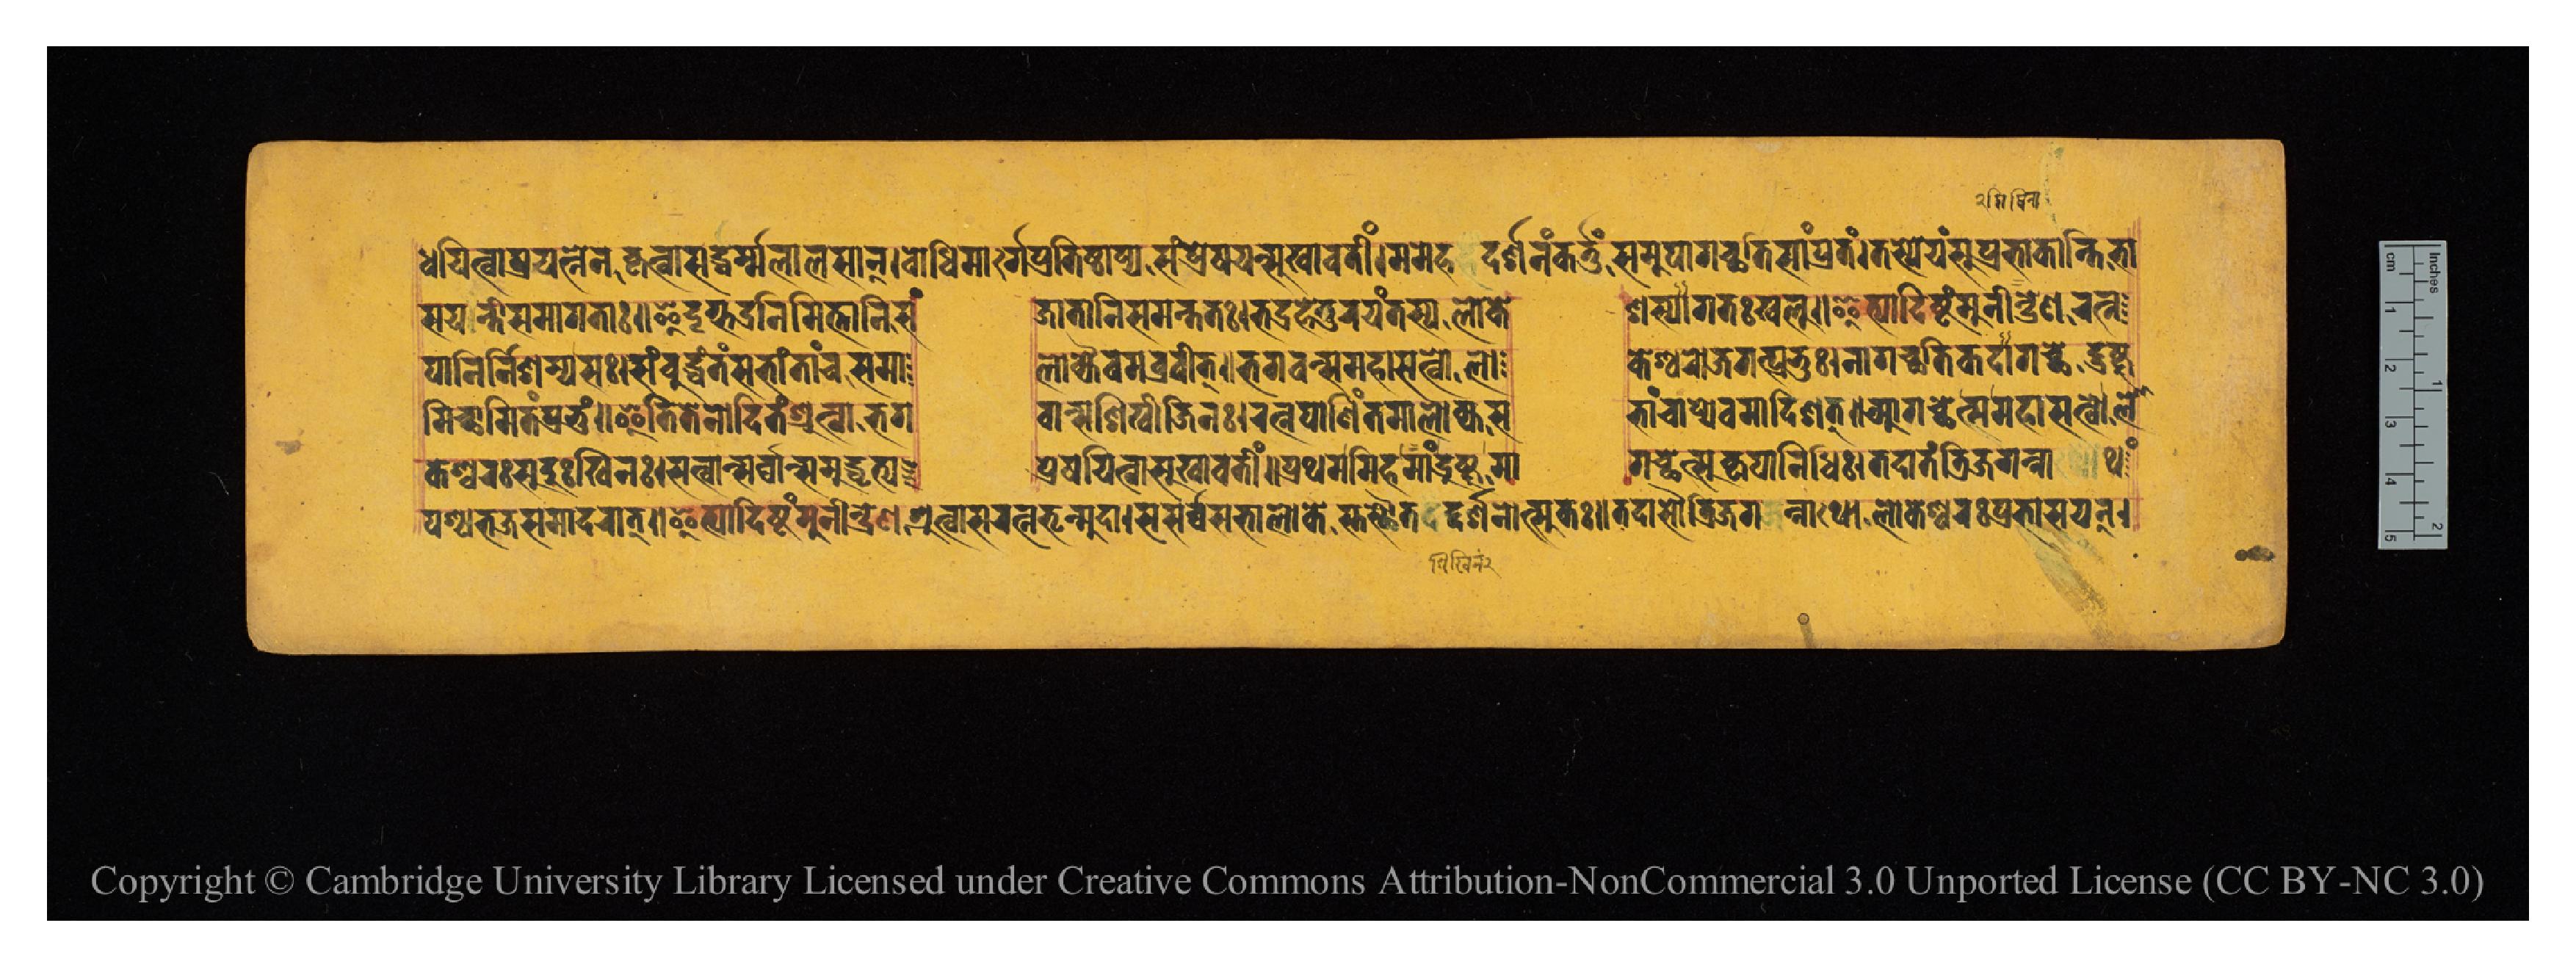
𑐢𑐫𑐶𑐟𑑂𑐰𑐵𑐥𑑂𑐬𑐫𑐟𑑂𑐣𑐾𑐣𑐎𑐺𑐟𑑂𑐰𑐵𑐳𑐡𑑂𑐢𑐬𑑂𑐩𑑂𑐩𑐮𑐵𑐮𑐳𑐵𑐣𑑂𑑋𑐧𑑀𑐢𑐶𑐩𑐬𑑂𑐐𑐾𑐥𑑂𑐬𑐲𑐫𑐣𑑂𑐳𑐸𑐏𑐵𑐰𑐟𑐷𑑄𑑋𑐩𑐩𑐾𑐴𑐡𑐬𑑂𑐱𑐣𑑄𑐎𑐬𑑂𑐟𑐸𑑄𑐳𑐩𑐸𑐥𑐵𑐐𑐔𑑂𑐕𑐥𑐶𑐳𑐵𑑄𑐥𑑂𑐬𑐟𑑄𑑋𑐟𑐳𑑂𑐫𑐾𑐫𑑄𑐳𑐸𑐥𑑂𑐬𑐨𑐵𑐎𑐵𑐣𑑂𑐟𑐶𑐨𑐵 𑐳𑐫𑐣𑑂𑐟𑐷𑐳𑐩𑐵𑐐𑐟𑐵𑑌𑐃𑐡𑐺𑐐𑑂𑐡𑑂𑐬𑐣𑐶𑐩𑐶𑐟𑑂𑐟𑐵𑐣𑐶𑐳𑑄     𑐖𑐵𑐟𑐵𑐣𑐶𑐳𑐩𑑄𑐟𑐟𑑅𑑋𑐨𑐡𑑂𑐬𑐴𑐾𑐟𑐸𑐬𑐫𑑄𑐟𑐳𑑂𑐫𑐮𑑀𑐎𑐾  𑐱𑐳𑑂𑐫𑐵𑐐𑐟𑑅𑐏𑐮𑐸𑑌𑐂𑐟𑑂𑐫𑐵𑐡𑐶𑐲𑑂𑐚𑑄𑐩𑐸𑐣𑐷𑐣𑑂𑐡𑑂𑐬𑐾𑐞𑐬𑐟𑑂𑐣 𑐥𑐵𑐞𑐶𑐬𑑂𑐣𑐶𑐱𑐩𑑂𑐫𑐳𑑅𑑋𑐳𑑄𑐧𑐸𑐡𑑂𑐢𑑄𑐟𑑄𑐳𑐨𑐵𑑄𑐟𑐵𑐘𑑂𑐔𑐳𑐩𑐵  𑐮𑑀𑐎𑑂𑐫𑐿𑐰𑐩𑐧𑑂𑐬𑐰𑐷𑐟𑑂𑑌𑐨𑐐𑐰𑐣𑑂𑐳𑐩𑐴𑐵𑐳𑐟𑑂𑐰𑑀𑐮𑑀  𑐎𑐾𑐱𑑂𑐰𑐬𑑀𑐖𑐐𑐟𑑂𑐥𑑂𑐬𑐨𑐸𑑅𑑋𑐣𑐵𑐐𑐔𑑂𑐕𑐟𑐶𑐎𑐡𑐵𑐐𑐟𑑂𑐔𑑂𑐕𑐾𑐡𑑂𑐡𑑂𑐬𑐲𑑂𑐚𑐸 𑐩𑐶𑐔𑑂𑐕𑐵𑐩𑐶𑐟𑑄𑐥𑑂𑐬𑐨𑐸𑑄𑑌𑐂𑐟𑐶𑐟𑐾𑐣𑑀𑐡𑐶𑐟𑑄𑐱𑑂𑐬𑐸𑐟𑑂𑐰𑐵𑐨𑐐  𑐰𑐵𑐣𑑂𑐳𑐱𑐶𑐏𑐷𑐖𑐶𑐣𑑅𑑋𑐬𑐟𑑂𑐣𑐥𑐵𑐞𑐶𑑄𑐟𑐩𑐵𑐮𑑀𑐎𑑂𑐫𑐳  𑐨𑐵𑑄𑐔𑐵𑐥𑑂𑐫𑐾𑐰𑐩𑐵𑐡𑐶𑐱𑐟𑑂𑑌𑐁𑐐𑐔𑑂𑐕𑐾𑐟𑑂𑐳𑐩𑐴𑐵𑐳𑐟𑑂𑐰𑑀𑐮𑑀 𑐥𑐱𑑂𑐔𑐨𑐖𑐳𑐩𑐵𑐡𑐬𑐵𑐟𑑂𑑌𑐂𑐟𑑂𑐫𑐵𑐡𑐶𑐲𑑂𑐚𑑄𑐩𑐸𑐣𑐷𑐣𑑂𑐡𑑂𑐬𑐾𑐞𑐱𑑂𑐬𑐸𑐟𑑂𑐰𑐵𑐳𑐬𑐟𑑂𑐣𑐨𑐺𑐣𑑂𑐩𑐸𑐡𑐵𑑋𑐳𑐴𑐳𑐬𑑂𑐰𑑂𑐰𑐳𑐨𑐵𑐮𑑀𑐎𑐿𑐳𑑂𑐟𑐳𑑂𑐠𑑁𑐟𑐡𑑂𑐡𑐬𑑂𑐱𑐣𑑀𑐟𑑂𑐳𑐸𑐎𑑅𑑌𑐟𑐡𑐵𑐳𑑁𑐟𑑂𑐬𑐶𑐖𑐐𑐣𑑂𑐣𑐵𑐠𑑀𑐮𑑀𑐎𑐾𑐱𑑂𑐰𑐬𑑅𑐥𑑂𑐬𑐨𑐵𑐳𑐫𑐣𑑂𑑋 𑐎𑐾𑐱𑑂𑐰𑐬𑑅𑐳𑐸𑐡𑐸𑑅𑐏𑐶𑐟𑑅𑑋𑐳𑐟𑑂𑐰𑐵𑐣𑑂𑐳𑐬𑑂𑐰𑑂𑐰𑐵𑐣𑑂𑐳𑐩𑐸𑐡𑑂𑐢𑐺𑐟𑑂𑐫  𑐥𑑂𑐬𑐾𑐲𑐫𑐶𑐟𑑂𑐰𑐵𑐳𑐸𑐏𑐵𑐰𑐟𑐷𑑄𑑌𑐥𑑂𑐬𑐠𑐩𑐩𑐶𑐴𑐩𑐵𑑄𑐡𑑂𑐬𑐲𑑂𑐚𑐸𑐩𑐵  𑐐𑐔𑑂𑐕𑐾𑐟𑑂𑐳𑐎𑐺𑐥𑐵𑐣𑐶𑐢𑐶𑑅𑑋𑐟𑐡𑐵𑐟𑑄𑐟𑑂𑐬𑐶𑐖𑐐𑐣𑑂𑐣𑐵𑐠𑑄